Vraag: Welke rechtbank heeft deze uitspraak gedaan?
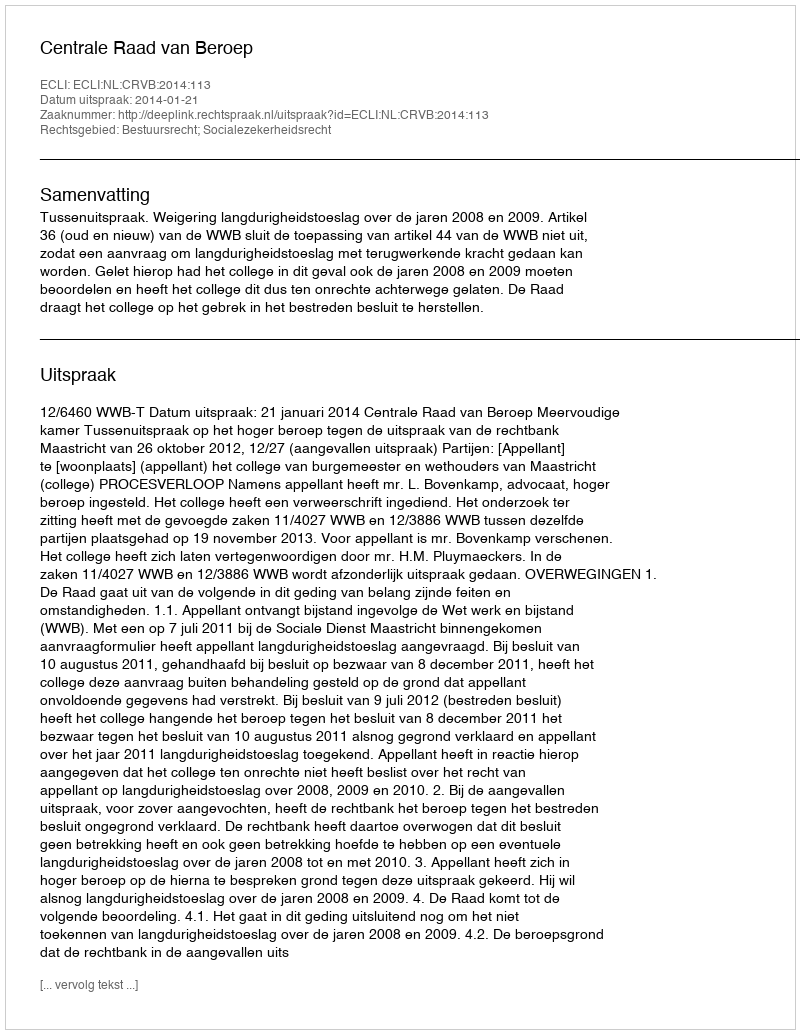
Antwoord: Centrale Raad van Beroep